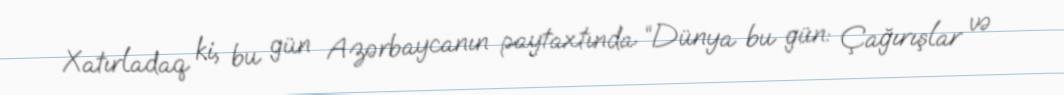
Xatırladaq ki, bu gün Azərbaycanın paytaxtında “Dünya bu gün: Çağırışlar və